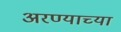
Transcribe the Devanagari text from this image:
अरण्याच्या